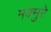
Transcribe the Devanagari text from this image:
मक्मुरे